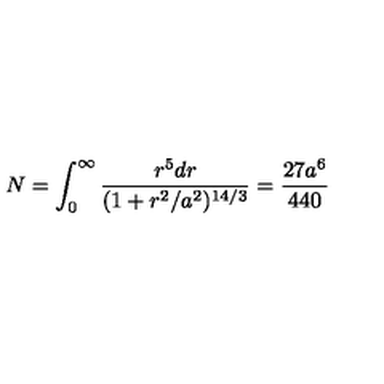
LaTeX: N = \int _ { 0 } ^ { \infty } \frac { r ^ { 5 } d r } { ( 1 + r ^ { 2 } / a ^ { 2 } ) ^ { 1 4 / 3 } } = \frac { 2 7 a ^ { 6 } } { 4 4 0 }